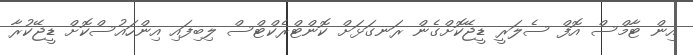
އިން ޓާމްސް އޮފް ސެލަރީ ޑީޖޭކޮށްގެން ރަނގަޅަށް ކޮންޓްރެކްޓްސް ލިބިފައި އިންހައުސްކޮށް ޑީޖޭކުރާ